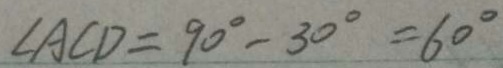
\angle A C D = 9 0 ^ { \circ } - 3 0 ^ { \circ } = 6 0 ^ { \circ }